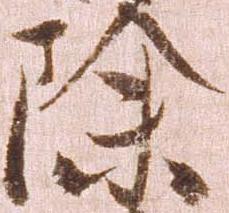
除